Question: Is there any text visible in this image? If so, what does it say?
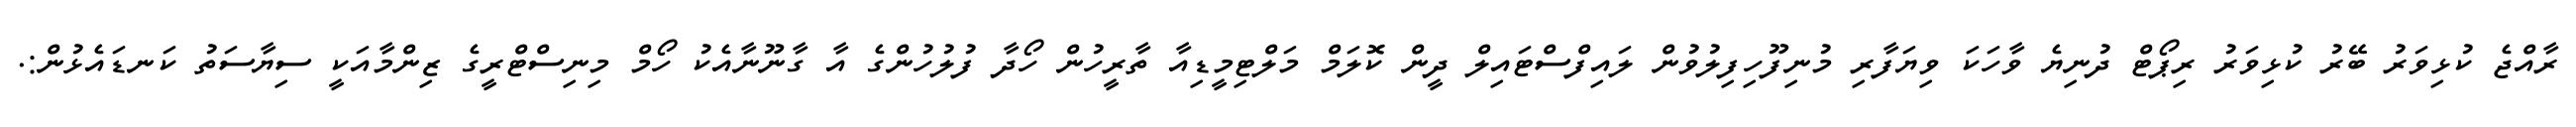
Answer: ރާއްޖެ ކުޅިވަރު ބޭރު ކުޅިވަރު ރިޕޯޓް ދުނިޔެ ވާހަކަ ވިޔަފާރި މުނިފޫހިފިލުވުން ލައިފްސްޓައިލް ދީން ކޮލަމް މަލްޓިމީޑިއާ ތާރީހުން ހޯދާ ފުލުހުންގެ އާ ގާނޫނާއެކު ހޯމް މިނިސްޓްރީގެ ޒިންމާއަކީ ސިޔާސަތު ކަނޑައެޅުން:.